Annual statistical returns and brief notes on vaccination in Bengal - 1909-1929
Year: 1909
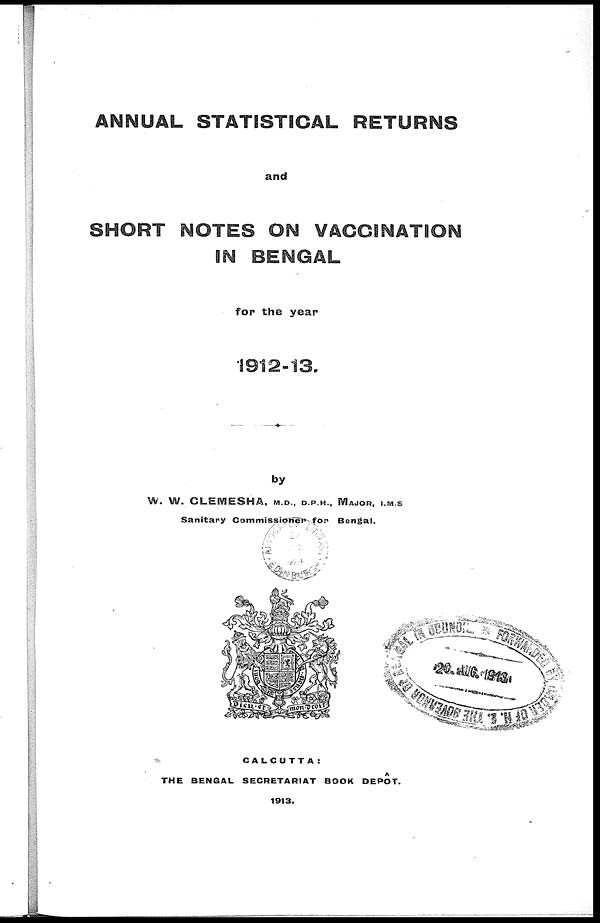
ANNUAL STATISTICAL RETURNS
and
SHORT NOTES ON VACCINATION
IN BENGAL
for the year
1912-13.
by
W. W. CLEMESHA, M.D., D.P.H., MAJOR, I.M.S
Sanitary Commissioner for
Bengal.
CALCUTTA:
THE BENGAL SECRETARIAT BOOK DEPÔT.
1913.